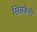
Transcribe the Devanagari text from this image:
खिसकेगी